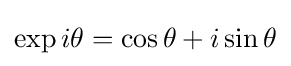
\exp i\theta =\cos \theta +i\sin \theta